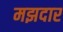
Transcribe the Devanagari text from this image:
मझदार